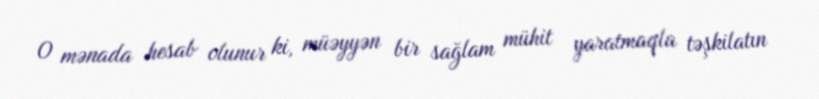
O mənada hesab olunur ki, müəyyən bir sağlam mühit yaratmaqla təşkilatın